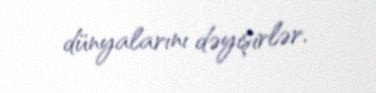
dünyalarını dəyişirlər.